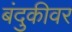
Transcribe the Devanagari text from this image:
बंदुकीवर